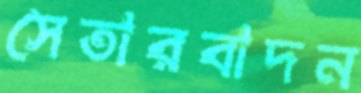
সেতারবাদন